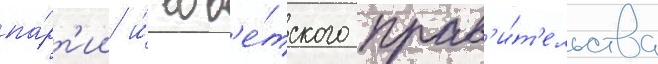
па́рт'ии и́ сов'е́тского прав'и́т'ельства